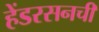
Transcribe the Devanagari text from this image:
हेंडरसनची